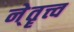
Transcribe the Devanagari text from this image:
ने्तॄत्त्व